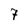
Character: 7